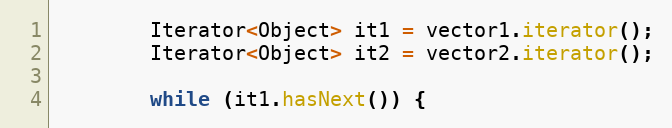
Language: Java
		Iterator<Object> it1 = vector1.iterator();
		Iterator<Object> it2 = vector2.iterator();

		while (it1.hasNext()) {